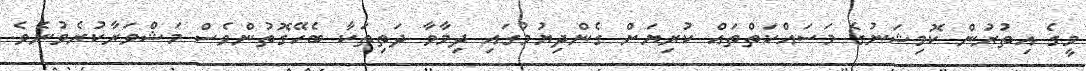
މީގެ އިތުރުން ކޮމިޝަނުގެ މަސައްކަތްތައް ކުރިޔަށް ގެންދިޔުމުގައި ދިމާވާ ދަތިތަކާ ބެހޭގޮތުންވެސް މަޝްވަރާކުރެވުނެވެ.